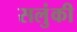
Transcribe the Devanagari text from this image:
सलुंकी